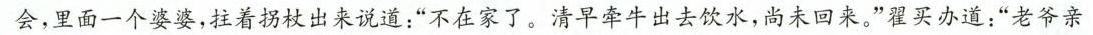
会，里面一个婆婆，拄着拐杖出来说道：”不在家了，清早牵牛出去饮水，尚来回来。”瞿买办道；”老爷亲